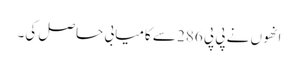
انھوں نے پی پی 286 سے کامیابی حاصل کی۔